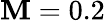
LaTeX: \mathbf{M}=0.2